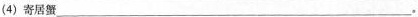
(4)寄居蟹___。